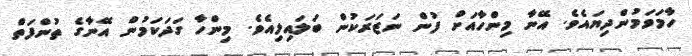
ހާމަވަމުންދިޔައެވެ. އޭނާ މިންހާއަށް ފުން ނަޒަރަކުން ބަލައިލިއެވެ. މިންހާ ގަދަކަމުން އޭނާގެ ތުންފަތް